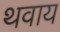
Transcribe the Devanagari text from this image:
थवाय